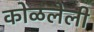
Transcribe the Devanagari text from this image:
कोळलेली